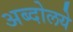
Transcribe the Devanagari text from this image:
अब्दोलये